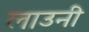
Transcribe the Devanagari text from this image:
लाउनी